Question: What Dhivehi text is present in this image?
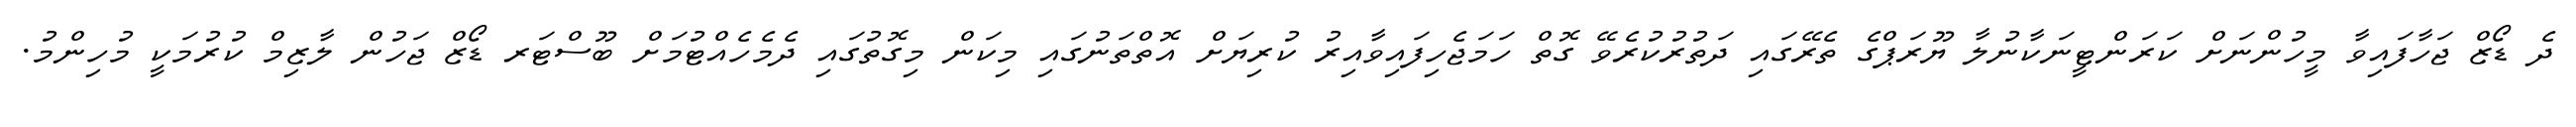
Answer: ދެ ޑޯޒް ޖަހާފައިވާ މީހުންނަށް ކަރަންޓީނަކާނުލާ ޔޫރަޕްގެ ތެރޭގައި ދަތުރުކުރެވޭ ގޮތް ހަމަޖެހިފައިވާއިރު ކުރިޔަށް އޮތްތަނުގައި މިކަން މިގޮތުގައި ދެމެހެއްޓުމަށް ބޫސްޓަރ ޑޯޒް ޖަހުން ލާޒިމް ކުރުމަކީ މުހިންމު.